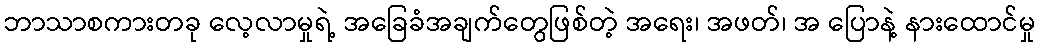
ဘာသာစကားတခု လေ့လာမှုရဲ့ အခြေခံအချက်တွေဖြစ်တဲ့ အရေး၊ အဖတ်၊ အ ပြောနဲ့ နားထောင်မှု